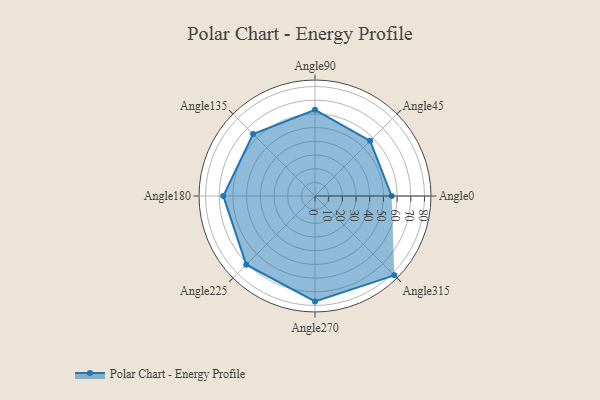
{"axis": {"x": "Angle", "y": "Radius"}, "legend": [""], "data": [{"x": "Angle0", "y": 56.0, "type": ""}, {"x": "Angle45", "y": 57.0, "type": ""}, {"x": "Angle90", "y": 63.0, "type": ""}, {"x": "Angle135", "y": 64.0, "type": ""}, {"x": "Angle180", "y": 67.0, "type": ""}, {"x": "Angle225", "y": 71.0, "type": ""}, {"x": "Angle270", "y": 77.0, "type": ""}, {"x": "Angle315", "y": 82.0, "type": ""}]}